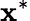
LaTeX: \mathbf{x}^{\ast}